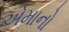
એમાનો